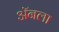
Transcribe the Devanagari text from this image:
ॲनला